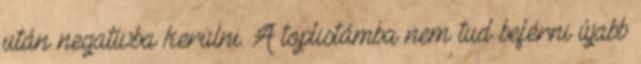
után negatívba kerülni. A toplistámba nem tud beférni újabb